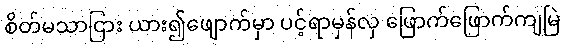
စိတ်မသာငြား ယား၍ဖျောက်မှာ ပင့်ရာမှန်လှ ဖြောက်ဖြောက်ကျမြဲ